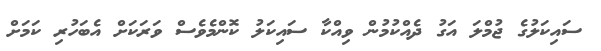
ސައިކަލުގެ ޖުމްލަ އަގު ދެއްކުމުން ވިއްކާ ސައިކަލު ކޮންމެވެސް ވަރަކަށް އެބަހުރި ކަމަށް